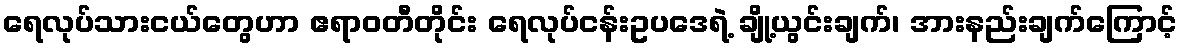
ရေလုပ်သားငယ်တွေဟာ ဧရာဝတီတိုင်း ရေလုပ်ငန်းဥပဒေရဲ့ ချို့ယွင်းချက်၊ အားနည်းချက်ကြောင့်